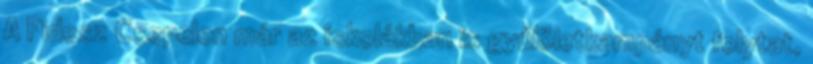
A Fidesz Csepelen már az iskolákban is gyűlöletkampányt folytat,